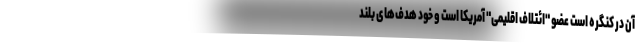
آن در کنگره است عضو "ائتلاف اقلیمی" آمریکا است و خود هدف‌های بلند